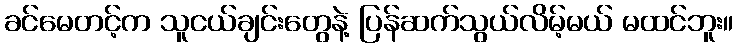
ခင်မေတင့်က သူငယ်ချင်းတွေနဲ့ ပြန်ဆက်သွယ်လိမ့်မယ် မထင်ဘူး။